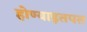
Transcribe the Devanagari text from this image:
होण्याइतपत